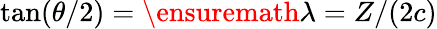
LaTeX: \tan(\theta/2)=\ensuremath{\lambda}=Z/(2c)